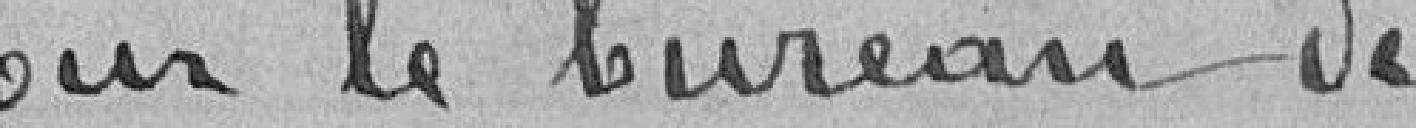
pour le bureau de